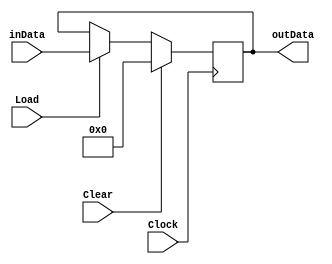
module Register_8bit(Load,Clear,Clock,inData,outData);

input Load,Clear,Clock ;
input [7:0]	inData ;
output reg [7:0] outData;

always@(posedge Clock)
begin
	if (Clear)
		outData <= 8'd0;
	else if (Load)
		outData <= inData;
end		
endmodule